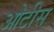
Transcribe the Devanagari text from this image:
ओटीस